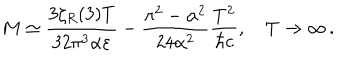
M \simeq \frac { 3 \zeta _ { R } ( 3 ) T } { 3 2 \pi ^ { 3 } \alpha \varepsilon } - \frac { \pi ^ { 2 } - \alpha ^ { 2 } } { 2 4 \alpha ^ { 2 } } \frac { T ^ { 2 } } { \hbar c } , \quad T \to \infty \, { . }